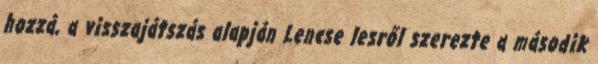
hozzá, a visszajátszás alapján Lencse lesről szerezte a második